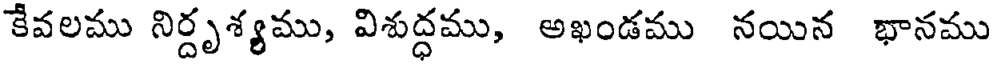
కేవలము నిర్దృశ్యము, విశుద్ధము, అఖండము నయిన భానము